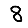
Digit: 8